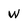
Character: w